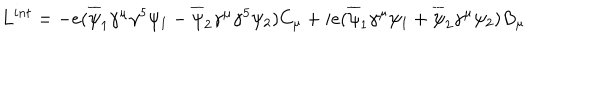
LaTeX: L ^ { i n t } = - e ( \overline { { \psi } } _ { 1 } \gamma ^ { \mu } \gamma ^ { 5 } \psi _ { 1 } - \overline { { \psi } } _ { 2 } \gamma ^ { \mu } \gamma ^ { 5 } \psi _ { 2 } ) C _ { \mu } + i e ( \overline { { \psi } } _ { 1 } \gamma ^ { \mu } \psi _ { 1 } + \overline { { \psi } } _ { 2 } \gamma ^ { \mu } \psi _ { 2 } ) B _ { \mu }